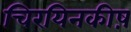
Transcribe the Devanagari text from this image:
चिरयिनकीष़